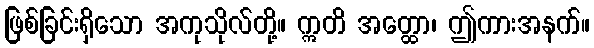
ဖြစ်ခြင်းရှိသော အကုသိုလ်တို့။ ဣတိ အတ္ထော၊ ဤကားအနက်။